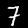
Label: 7